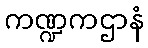
ကဏ္ဍကဌာနံ